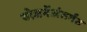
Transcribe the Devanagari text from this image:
योजनेंअंतर्गत